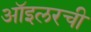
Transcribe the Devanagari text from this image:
ऑइलरची